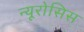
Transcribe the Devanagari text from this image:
न्यूरोसिस